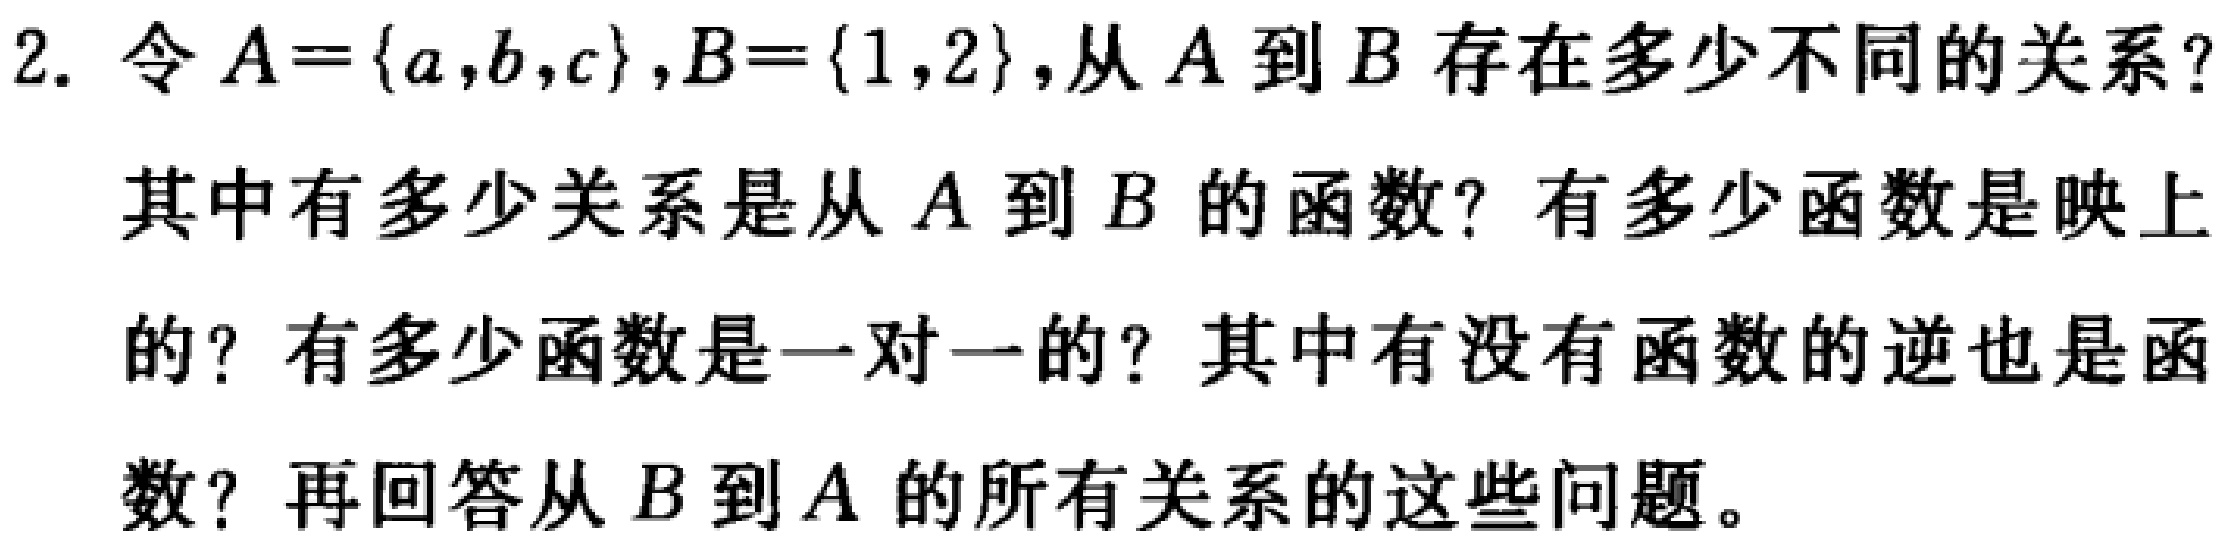
2. 令 \(A = \{a,b,c\},B = \{1,2\}\),从 \(A\) 到 \(B\) 存在多少不同的关系？

其中有多少关系是从 \(A\) 到 \(B\) 的函数？有多少函数是映上的？有多少函数是一对一的？其中有没有函数的逆也是函数？再回答从 \(B\) 到 \(A\) 的所有关系的这些问题。